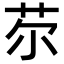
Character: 𦬼